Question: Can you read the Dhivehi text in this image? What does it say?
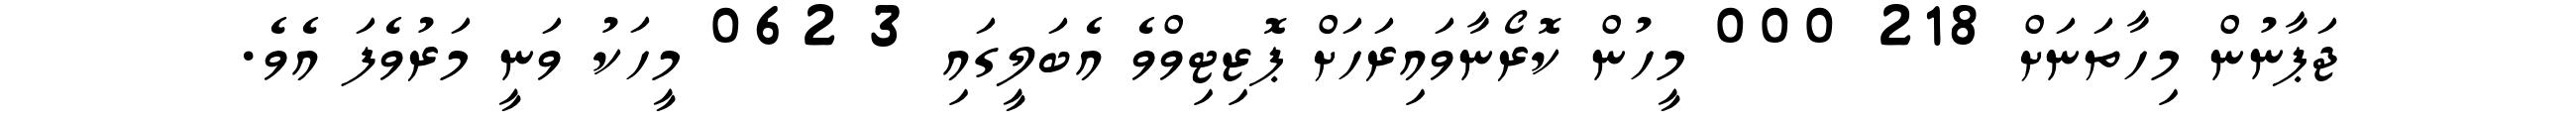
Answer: ޖަޕާނުން މިހާތަނަށް 218 000 މީހުން ކޮރޯނާވައިރަހަށް ޕޮޒިޓިވްވެ އެބަލީގައި 3 062 މީހަކު ވަނީ މަރުވެފަ އެވެ.